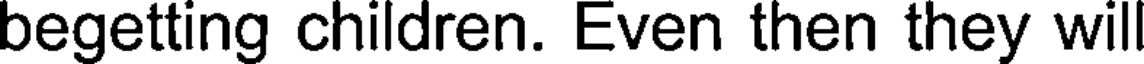
begetting children. Even then they wil